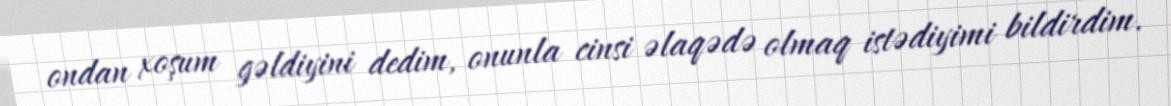
ondan xoşum gəldiyini dedim, onunla cinsi əlaqədə olmaq istədiyimi bildirdim.